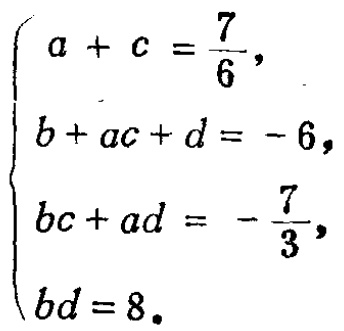
\[\begin{cases}
a + c = \frac{7}{6},\\
b + ac + d = - 6,\\
bc + ad = - \frac{7}{3},\\
bd = 8.
\end{cases}\]